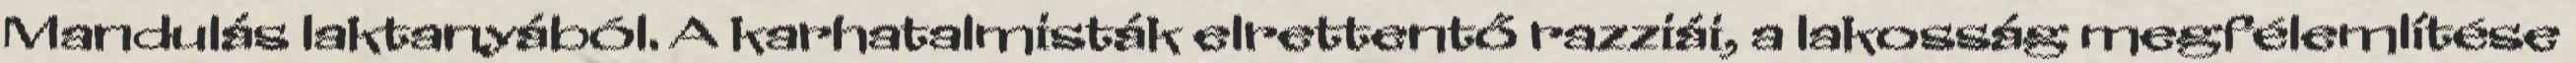
Mandulás laktanyából. A karhatalmisták elrettentő razziái, a lakosság megfélemlítése